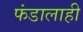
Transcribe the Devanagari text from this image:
फंडालाही